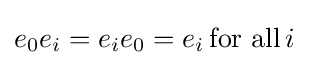
e_{0}e_{i}=e_{i}e_{0}=e_{i}\,{\text{for all}}\,i